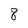
Character: 8